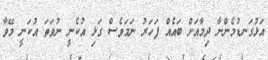
އަޅުގަނޑުމެންނާ ދިމާއަށް ބައެއް ފަހަރު ނަމަވެސް ގަޅި އުކެނީ ނުވަތަ އުކަނީ މޭވާ